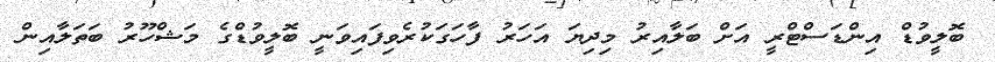
ބޮލީވުޑް އިންޑަސްޓްރީ އަށް ބަލާއިރު މިދިޔަ އަހަރު ފާހަގަކުރެވިފައިވަނީ ބޮލީވުޑްގެ މަޝްހޫރު ބަތަލާއިން